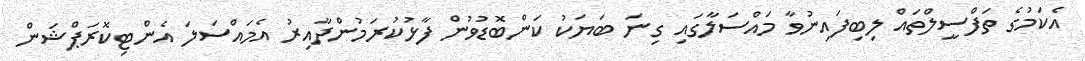
އެކަމުގެ ތަފްސީލްތައް ލިބިފައިނުވާ މައްސަލާގައި ގިނަ ބަޔަކު ކަންބޮޑުވުން ފާޅުކުރަމުންދާއިރު އެމައްސަލަ އެންޓިކޮރަޕްޝަން